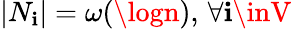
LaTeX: |N_{\mathbf{i}}|=\omega(\logn),\, \forall\mathbf{i}\inV